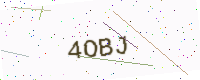
Text: 4OBJ